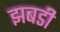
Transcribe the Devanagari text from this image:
झबडी